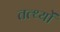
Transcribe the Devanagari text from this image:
तत्थ्यों